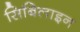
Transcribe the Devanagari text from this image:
सिबिलाइन